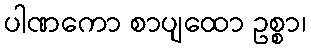
ပါဏကော စာပျထော ဥစ္စာ၊